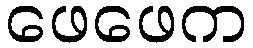
ဖေဖေက